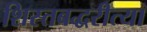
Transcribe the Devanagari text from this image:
शिस्तबद्धरीत्या